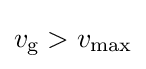
v_{\text{g}}>v_{\text{max}}